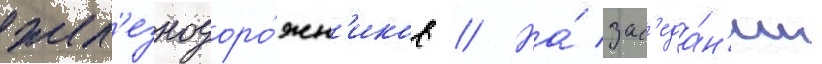
жел'езнодоро́жн'иков // На́ зас'еда́н'ии